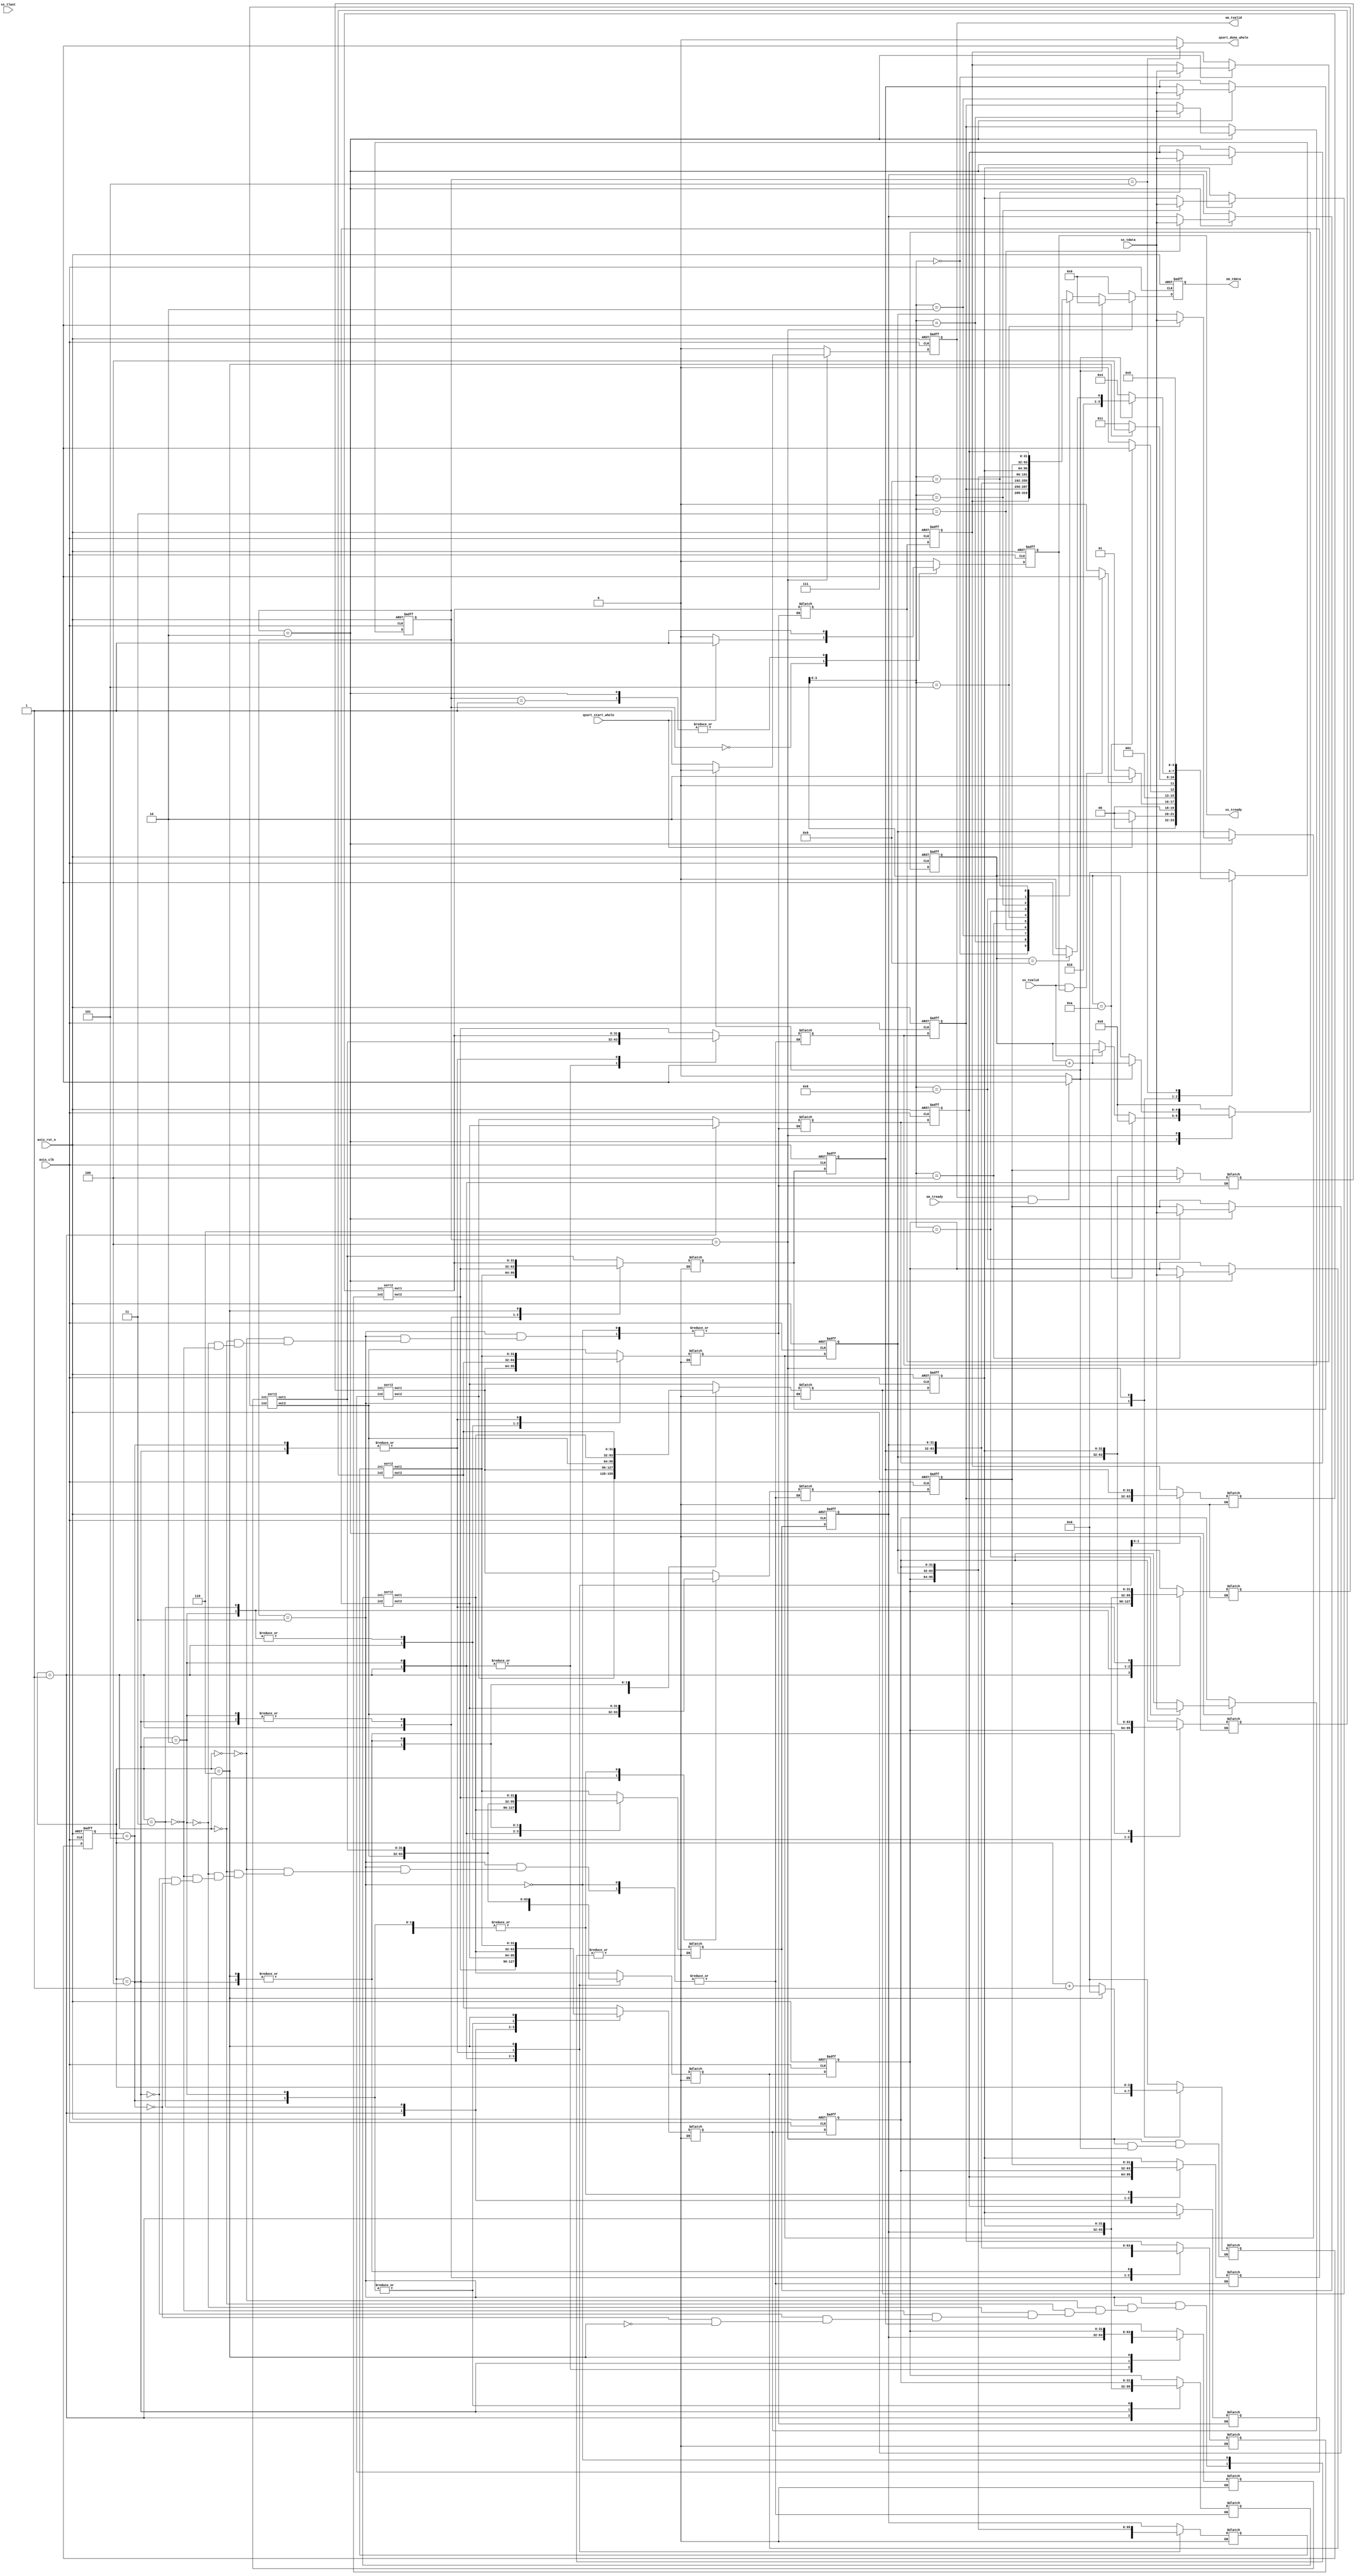
module qsort
#(  parameter pADDR_WIDTH = 12,
    parameter pnext_ARRAYIDTH = 32
)
(
    input   wire                     axis_clk,
    input   wire                     axis_rst_n,
    
    // ap_start from DMA
    input   wire                     qsort_start_whole,
    output   wire                     qsort_done_whole,
    /////output   wire                     QS_idle,

    // Data in (AXI-Stream)
    input   wire                     ss_tvalid, 
    input   wire [(pnext_ARRAYIDTH-1):0] ss_tdata, 
    input   wire                     ss_tlast,
    output  reg                     ss_tready,

    // Data out (AXI-Stream)
    input   wire                     sm_tready, 
    output  reg                     sm_tvalid, 
    output  reg [(pnext_ARRAYIDTH-1):0] sm_tdata
    //output  wire                     sm_tlast, //not used
);

// Design By SamChang
localparam IDLE = 3'd0;
localparam WAIT_HANDSHAKE = 3'd1;
localparam LOAD_ARRAY= 3'd2;
localparam SORT_ARRAY= 3'd3;
localparam OUTPUT_ARRAY = 3'd4;
localparam DONE = 3'd5;


wire QS_start; // modified
wire QS_done; // modified
wire QS_idle; // modified
assign qsort_done_whole=QS_idle; // modified

reg ss_tready_before_FF;
reg sm_tvalid_before_FF;
reg [(pnext_ARRAYIDTH-1):0] sm_tdata_before_FF;

reg         [3:0]           n_state;
reg         [3:0]           c_state;

reg         [4:0]           cnt_IO, next_cnt_IO; //for 10 cycles
reg         [3:0]           cnt_sort, next_cnt_sort; //for 7 cycles

reg   [(pnext_ARRAYIDTH-1):0]  ARRAY[0:9],next_ARRAY[0:9];
reg   [(pnext_ARRAYIDTH-1):0] sort_in1 [0:4], sort_in2 [0:4];
wire  [(pnext_ARRAYIDTH-1):0] sort_out1 [0:4], sort_out2 [0:4]; 



///////////////////////////////////////// (For test) /////////////////////////////////////////
    //wire test1;
    wire [31:0] ARRAY0;
    wire [31:0] ARRAY1;
    wire [31:0] ARRAY2;
    wire [31:0] ARRAY3;
    wire [31:0] ARRAY4;
    wire [31:0] ARRAY5;
    wire [31:0] ARRAY6;
    wire [31:0] ARRAY7;
    wire [31:0] ARRAY8;
    wire [31:0] ARRAY9;


    assign ARRAY0=ARRAY[0];
    assign ARRAY1=ARRAY[1];
    assign ARRAY2=ARRAY[2];
    assign ARRAY3=ARRAY[3];
    assign ARRAY4=ARRAY[4];
    assign ARRAY5=ARRAY[5];
    assign ARRAY6=ARRAY[6];
    assign ARRAY7=ARRAY[7];
    assign ARRAY8=ARRAY[8];
    assign ARRAY9=ARRAY[9];

    //////////////////////////////////////////////////////////////////////////////////////////////


assign QS_start = (ss_tvalid && ss_tready) ? 1:0;
assign QS_done = (sm_tvalid && sm_tready) ? 1:0;
assign QS_idle = (c_state == DONE) ? 1:0;

integer i;
genvar g;
generate
    for (g=0; g<5; g=g+1) begin
        sort2 sort(
            .in1(sort_in1[g]),
            .in2(sort_in2[g]),
            .out1(sort_out1[g]),
            .out2(sort_out2[g])
        );
    end
endgenerate


/////////////////////////////////////////////
///Sorting Engine
/////////////////////////////////////////////
always @(*)begin
   if (c_state == SORT_ARRAY) begin // ref : https://bertdobbelaere.github.io/sorting_networks.html#N11L35D8
        case (cnt_sort)
            0: begin
                //[(0,1),(2,5),(3,6),(4,7),(8,9)]
                sort_in1[0] = ARRAY[0];
                sort_in2[0] = ARRAY[1];
                next_ARRAY[0] = sort_out1[0];
                next_ARRAY[1] = sort_out2[0];

                sort_in1[1] = ARRAY[2];
                sort_in2[1] = ARRAY[5];
                next_ARRAY[2] = sort_out1[1];
                next_ARRAY[5] = sort_out2[1];

                sort_in1[2] = ARRAY[3];
                sort_in2[2] = ARRAY[6];
                next_ARRAY[3] = sort_out1[2];
                next_ARRAY[6] = sort_out2[2];

                sort_in1[3] = ARRAY[4];
                sort_in2[3] = ARRAY[7];
                next_ARRAY[4] = sort_out1[3];
                next_ARRAY[7] = sort_out2[3];

                sort_in1[4] = ARRAY[8];
                sort_in2[4] = ARRAY[9];
                next_ARRAY[8] = sort_out1[4];
                next_ARRAY[9] = sort_out2[4];
            end
            1:begin
                //[(0,6),(1,8),(2,4),(3,9),(5,7)]
                sort_in1[0] = ARRAY[0];
                sort_in2[0] = ARRAY[6];
                next_ARRAY[0] = sort_out1[0];
                next_ARRAY[6] = sort_out2[0];

                sort_in1[1] = ARRAY[1];
                sort_in2[1] = ARRAY[8];
                next_ARRAY[1] = sort_out1[1];
                next_ARRAY[8] = sort_out2[1];

                sort_in1[2] = ARRAY[2];
                sort_in2[2] = ARRAY[4];
                next_ARRAY[2] = sort_out1[2];
                next_ARRAY[4] = sort_out2[2];

                sort_in1[3] = ARRAY[3];
                sort_in2[3] = ARRAY[9];
                next_ARRAY[3] = sort_out1[3];
                next_ARRAY[9] = sort_out2[3];

                sort_in1[4] = ARRAY[5];
                sort_in2[4] = ARRAY[7];
                next_ARRAY[5] = sort_out1[4];
                next_ARRAY[7] = sort_out2[4];
            end 
            2:begin
                //[(0,2),(1,3),(4,5),(6,8),(7,9)]
                sort_in1[0] = ARRAY[0];
                sort_in2[0] = ARRAY[2];
                next_ARRAY[0] = sort_out1[0];
                next_ARRAY[2] = sort_out2[0];

                sort_in1[1] = ARRAY[1];
                sort_in2[1] = ARRAY[3];
                next_ARRAY[1] = sort_out1[1];
                next_ARRAY[3] = sort_out2[1];

                sort_in1[2] = ARRAY[4];
                sort_in2[2] = ARRAY[5];
                next_ARRAY[4] = sort_out1[2];
                next_ARRAY[5] = sort_out2[2];

                sort_in1[3] = ARRAY[6];
                sort_in2[3] = ARRAY[8];
                next_ARRAY[6] = sort_out1[3];
                next_ARRAY[8] = sort_out2[3];

                sort_in1[4] = ARRAY[7];
                sort_in2[4] = ARRAY[9];
                next_ARRAY[7] = sort_out1[4];
                next_ARRAY[9] = sort_out2[4];
            end
            3:begin
                //[(0,1),(2,7),(3,5),(4,6),(8,9)]
                sort_in1[0] = ARRAY[0];
                sort_in2[0] = ARRAY[1];
                next_ARRAY[0] = sort_out1[0];
                next_ARRAY[1] = sort_out2[0];

                sort_in1[1] = ARRAY[2];
                sort_in2[1] = ARRAY[7];
                next_ARRAY[2] = sort_out1[1];
                next_ARRAY[7] = sort_out2[1];

                sort_in1[2] = ARRAY[3];
                sort_in2[2] = ARRAY[5];
                next_ARRAY[3] = sort_out1[2];
                next_ARRAY[5] = sort_out2[2];

                sort_in1[3] = ARRAY[4];
                sort_in2[3] = ARRAY[6];
                next_ARRAY[4] = sort_out1[3];
                next_ARRAY[6] = sort_out2[3];

                sort_in1[4] = ARRAY[8];
                sort_in2[4] = ARRAY[9];
                next_ARRAY[8] = sort_out1[4];
                next_ARRAY[9] = sort_out2[4];
            end
            4:begin
                //[(1,2),(3,4),(5,6),(7,8)]
                sort_in1[0] = ARRAY[1];
                sort_in2[0] = ARRAY[2];
                next_ARRAY[1] = sort_out1[0];
                next_ARRAY[2] = sort_out2[0];

                sort_in1[1] = ARRAY[3];
                sort_in2[1] = ARRAY[4];
                next_ARRAY[3] = sort_out1[1];
                next_ARRAY[4] = sort_out2[1];

                sort_in1[2] = ARRAY[5];
                sort_in2[2] = ARRAY[6];
                next_ARRAY[5] = sort_out1[2];
                next_ARRAY[6] = sort_out2[2];

                sort_in1[3] = ARRAY[7];
                sort_in2[3] = ARRAY[8];
                next_ARRAY[7] = sort_out1[3];
                next_ARRAY[8] = sort_out2[3];
            end
            5:begin
                //[(1,3),(2,4),(5,7),(6,8)]
                sort_in1[0] = ARRAY[1];
                sort_in2[0] = ARRAY[3];
                next_ARRAY[1] = sort_out1[0];
                next_ARRAY[3] = sort_out2[0];

                sort_in1[1] = ARRAY[2];
                sort_in2[1] = ARRAY[4];
                next_ARRAY[2] = sort_out1[1];
                next_ARRAY[4] = sort_out2[1];

                sort_in1[2] = ARRAY[5];
                sort_in2[2] = ARRAY[7];
                next_ARRAY[5] = sort_out1[2];
                next_ARRAY[7] = sort_out2[2];

                sort_in1[3] = ARRAY[6];
                sort_in2[3] = ARRAY[8];
                next_ARRAY[6] = sort_out1[3];
                next_ARRAY[8] = sort_out2[3];
            end
            6:begin
                //[(2,3),(4,5),(6,7)]
                sort_in1[0] = ARRAY[2];
                sort_in2[0] = ARRAY[3];
                next_ARRAY[2] = sort_out1[0];
                next_ARRAY[3] = sort_out2[0];

                sort_in1[1] = ARRAY[4];
                sort_in2[1] = ARRAY[5];
                next_ARRAY[4] = sort_out1[1];
                next_ARRAY[5] = sort_out2[1];

                sort_in1[2] = ARRAY[6];
                sort_in2[2] = ARRAY[7];
                next_ARRAY[6] = sort_out1[2];
                next_ARRAY[7] = sort_out2[2];
            end

        endcase
   end

end


/////////////////////////////////////////////
///FSM
/////////////////////////////////////////////
always @(*) begin
    for(i=0;i<10;i=i+1)
            next_ARRAY[i] = ARRAY[i];
    case(c_state)
        //0
        IDLE: begin // modified
            sm_tvalid_before_FF=0;
            sm_tdata_before_FF=0;
            next_cnt_IO=0;
            next_cnt_sort=0;
            
            if(qsort_start_whole) begin // ap_start
                n_state = LOAD_ARRAY;
                ss_tready_before_FF=1;
            end
            else begin
                n_state = IDLE;
                ss_tready_before_FF=0;
            end
        end
        WAIT_HANDSHAKE:begin
            ss_tready_before_FF=1;
            sm_tvalid_before_FF=0;
            sm_tdata_before_FF=0;
            next_cnt_IO=0;
            next_cnt_sort=0;

            if(QS_start) begin // ss handshake
                n_state = LOAD_ARRAY;
            end
            else begin
                n_state = WAIT_HANDSHAKE;
            end
        end
        
       LOAD_ARRAY:begin
            ss_tready_before_FF=1;
            sm_tvalid_before_FF=0;
            sm_tdata_before_FF=0;
            next_cnt_sort=0;
            next_ARRAY[cnt_IO]=ss_tdata;
            
            if(cnt_IO==4'd10) begin
                n_state = SORT_ARRAY; 
                next_cnt_IO=0;
            end
            else if(ss_tvalid) begin
                n_state = LOAD_ARRAY;
                next_cnt_IO = cnt_IO+1;
            end
            else begin
                n_state = LOAD_ARRAY;
                next_cnt_IO = cnt_IO;
            end
        end
        
        SORT_ARRAY:begin
            ss_tready_before_FF=0;
            sm_tvalid_before_FF=0;
            sm_tdata_before_FF=0;
            next_cnt_IO=0;
            
            if(cnt_sort==6) begin
                n_state = OUTPUT_ARRAY; 
                next_cnt_sort=0;
            end
            else begin
                n_state = SORT_ARRAY;
                next_cnt_sort = cnt_sort+1;
            end
        end
        
        OUTPUT_ARRAY:begin
            ss_tready_before_FF=0;
            next_cnt_IO=0;
            if (QS_done) begin // sm handshake
                sm_tvalid_before_FF=0;
                sm_tdata_before_FF=0;
                ss_tready_before_FF=0;
                next_cnt_IO=cnt_IO+1;
                
                if(cnt_IO==4'd9) 
                    n_state = DONE;
                else 
                    n_state = OUTPUT_ARRAY;
            end
            else begin
                n_state = OUTPUT_ARRAY;
                ss_tready_before_FF=0;
                sm_tvalid_before_FF=1;
                next_cnt_IO=cnt_IO;
                next_cnt_sort=cnt_sort;
                sm_tdata_before_FF = ARRAY[cnt_IO];               
                
            end
        end
        DONE:begin
            n_state = DONE;
            ss_tready_before_FF=0;
            sm_tvalid_before_FF=0;
            sm_tdata_before_FF=0;
            next_cnt_IO=0;
            next_cnt_sort=0;
        end
        default : begin
            n_state = IDLE;
            ss_tready_before_FF=0;
            sm_tvalid_before_FF=0;
            sm_tdata_before_FF=0;
            next_cnt_IO=0;
            next_cnt_sort=0;
            
        end
    endcase
end

  //Sequential Circuit (FF)
  always @(posedge axis_clk or negedge axis_rst_n) begin
	if(!axis_rst_n) begin
	c_state <= IDLE;
        ss_tready <= 0;
        sm_tvalid <= 0;
        sm_tdata <= 0;
        
        for(i=0;i<10;i=i+1)
          ARRAY[i] <= 0;

        cnt_IO <= 0;
        cnt_sort <= 0;
	end
	else begin
	c_state <= n_state;
        ss_tready <= ss_tready_before_FF;
        sm_tvalid <= sm_tvalid_before_FF;
        sm_tdata <= sm_tdata_before_FF;
        
        for(i=0;i<10;i=i+1)
            ARRAY[i] <=next_ARRAY[i] ;
            
        cnt_IO <= next_cnt_IO;
        cnt_sort <= next_cnt_sort;
	end
  end
endmodule


module sort2(
    input wire [31:0] in1,
    input wire [31:0] in2,
    output wire [31:0] out1,
    output wire [31:0] out2
);

assign out1 = (in1 > in2) ? in2 : in1;
assign out2 = (in1 > in2) ? in1 : in2;

endmodule